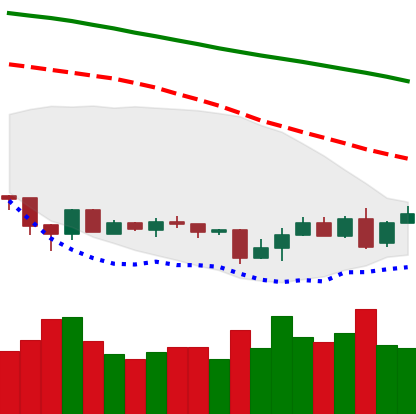
Ticker: XMR-USD
Chart end date: 2018-06-30
Forward return: 5.914%
Label: up_5_7